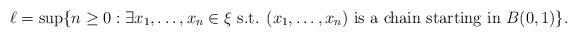
LaTeX: \begin{align*}\ell = \sup \{n \ge 0 : \exists x_1, \dots, x_n \in \xi \mbox{ s.t. } (x_1,\dots,x_n) \mbox{ is a chain starting in }B(0,1)\}.\end{align*}